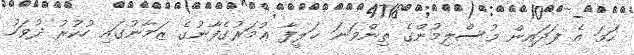
ހަމަ އެ ފަދައިން މުސްލިމުންގެ ތިންވަނަ ޚަލީފާ ޢުމަރުގެފާނުގެ ޒަމާނުގައި ހުކުރު ދުވަހު